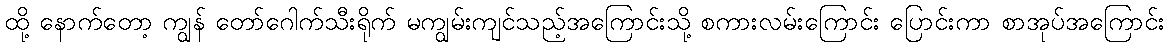
ထို့ နောက်တော့ ကျွန် တော်ဂေါက်သီးရိုက် မကျွမ်းကျင်သည့်အကြောင်းသို့ စကားလမ်းကြောင်း ပြောင်းကာ စာအုပ်အကြောင်း